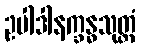
ဥပါဒါနက္ခန္ဓသုတ္တံ